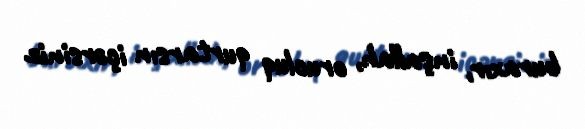
buraxır, inşallah, orucluq qurtarsın içərsiniz.